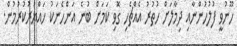
ހޫނުވީ ފުލުހުންނާއި ދިމާލަށް ހުތުރު އެއްޗެހި ގޮވި ކަމަށް ބުނެ އަންހެނަކު ހައްޔަރުކުރުމުން.